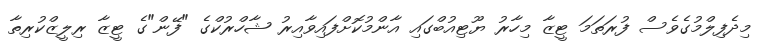
މިދެފިލްމުގެވެސް ފުރަތަމަ ޓީޒާ މިހާރު ޔޫޓިއުބްގައި އާންމުކޮށްފައިވާއިރު ޝާހްރުކްގެ "ފޭން"ގެ ޓީޒާ ރިލީޒްކުރިތާ